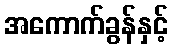
အကောက်ခွန်နှင့်